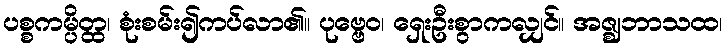
ပစ္စကမ္ပိတ္ထ၊ စုံးစမ်း၍ကပ်လာ၏။ ပုဗ္ဗေဝ၊ ရှေးဦးစွာကလျှင်။ အဇ္ဈဘာသထ၊